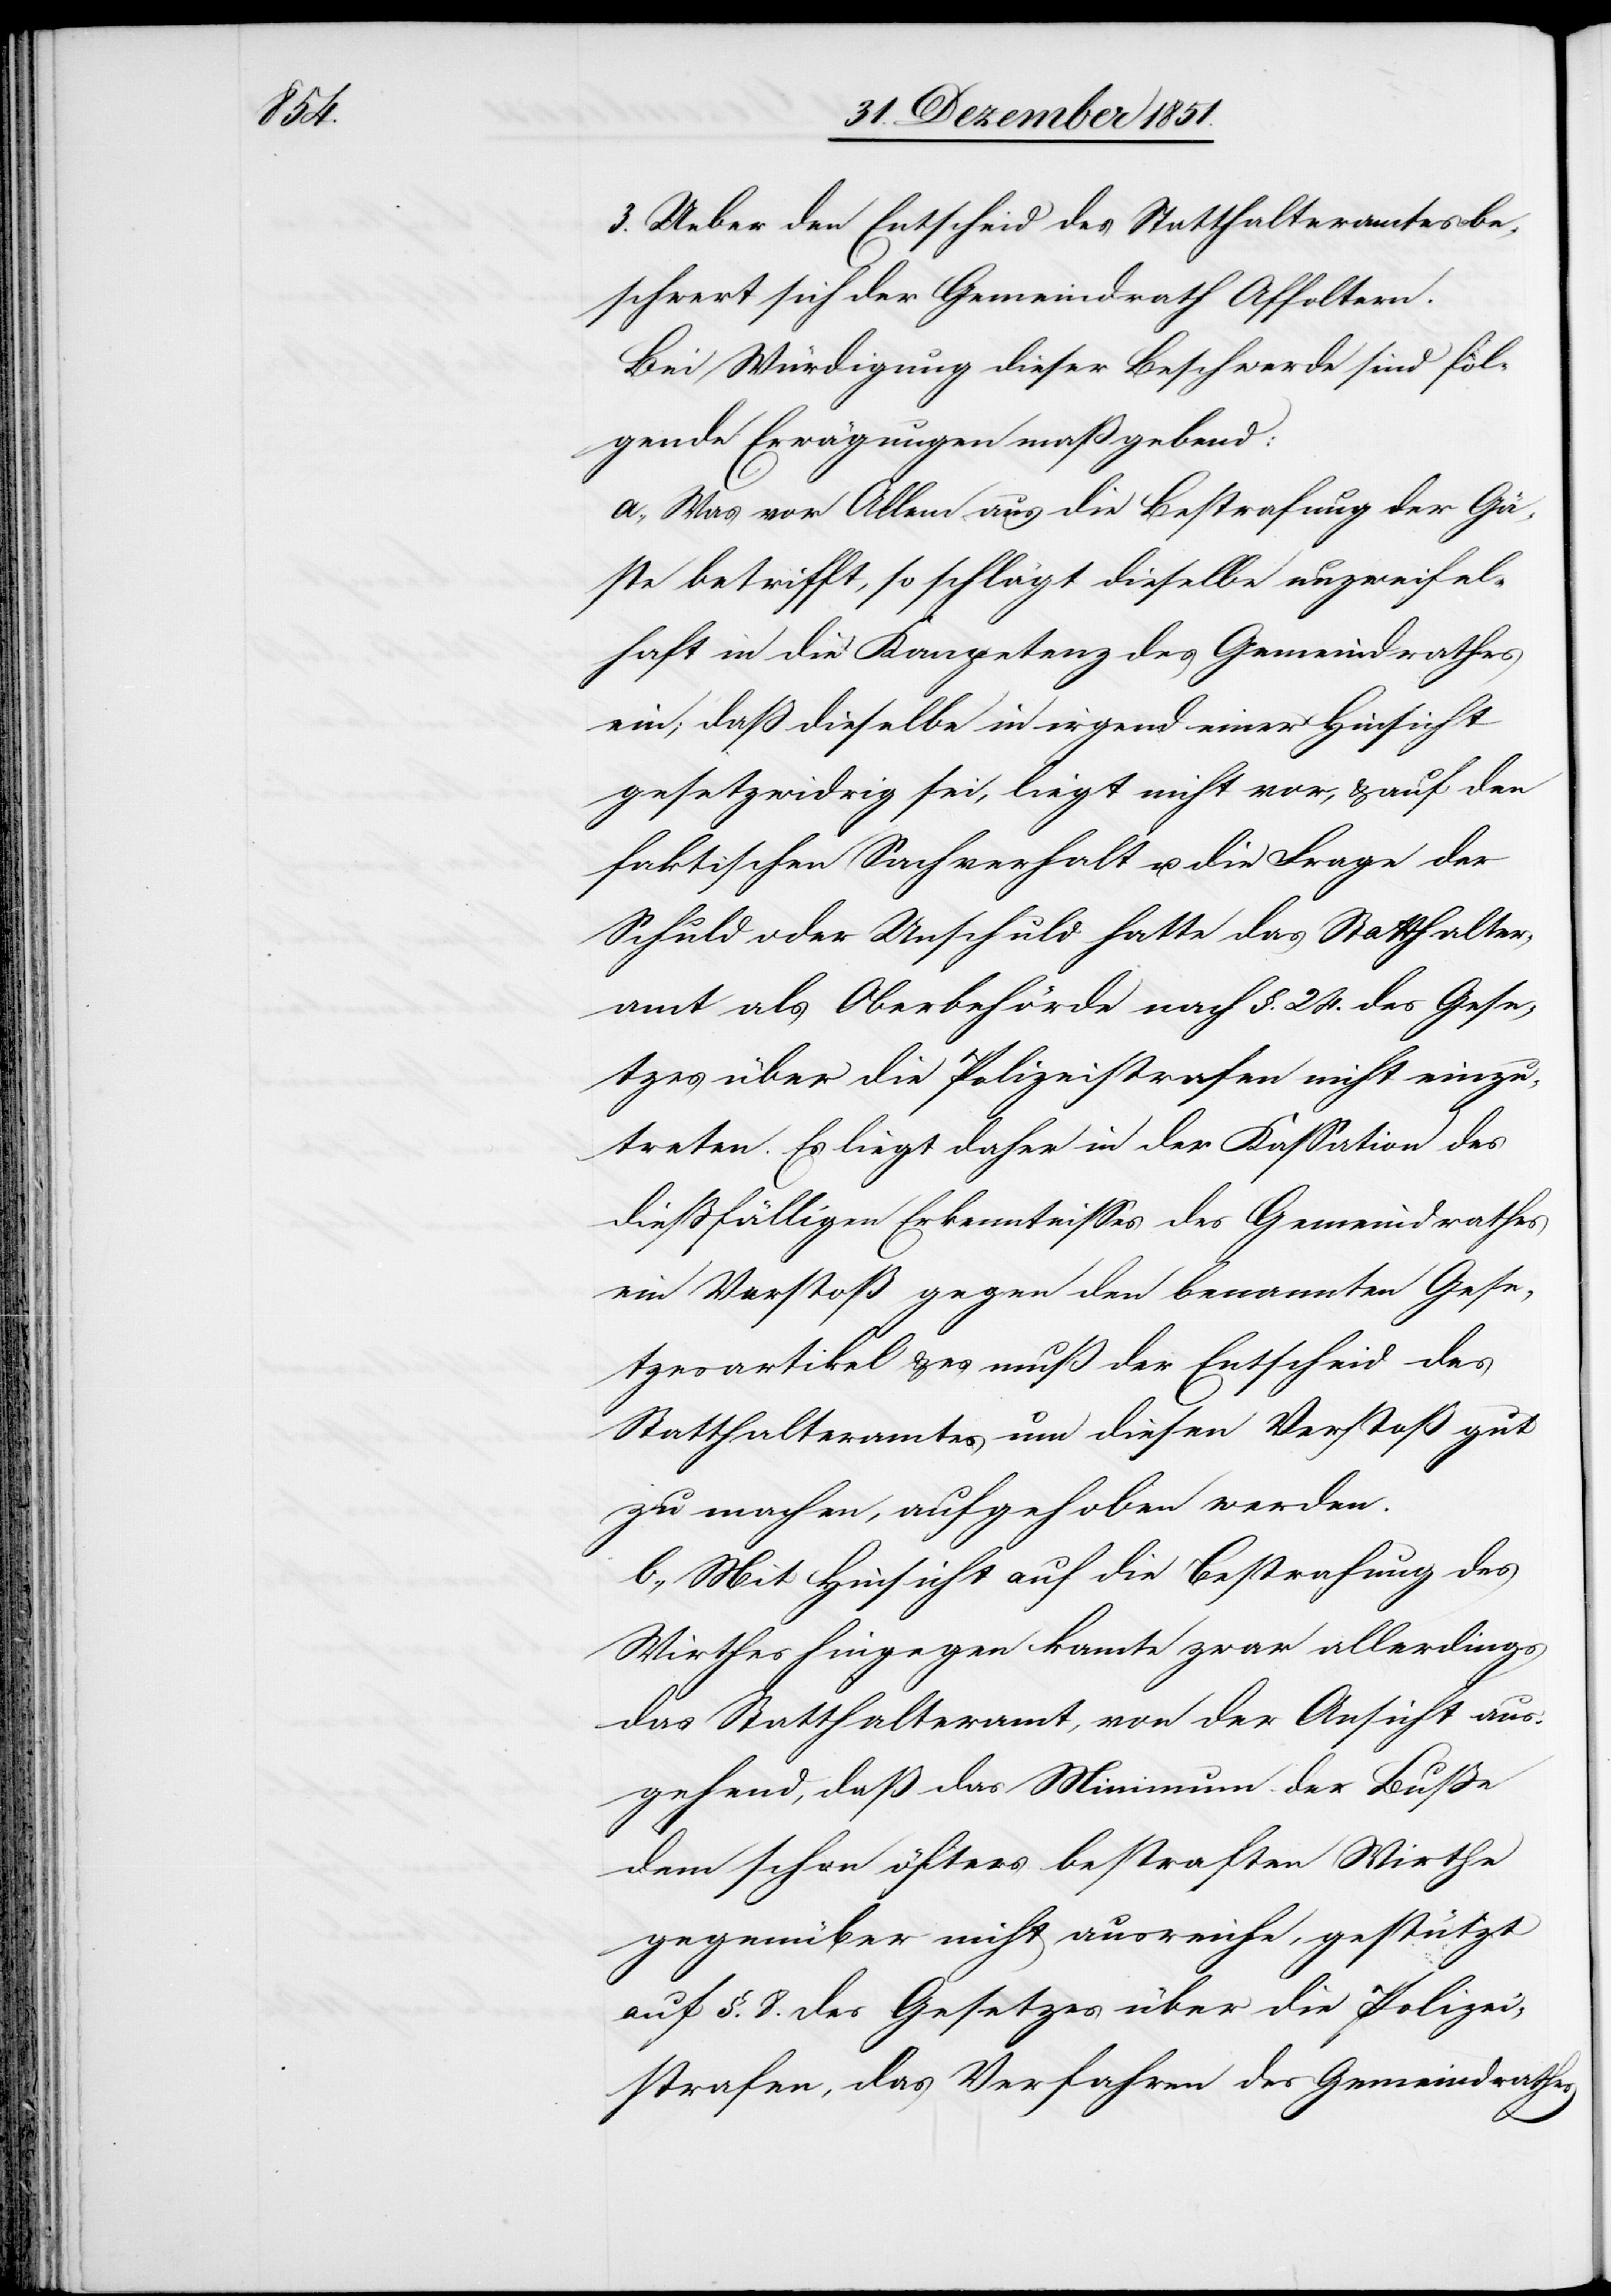
3. Ueber den Entscheid des Statthalteramtes be¬
schwert sich der Gemeindrath Affoltern.
Bei Würdigung dieser Beschwerde sind fol¬
gende Erwägungen maßgebend:
a., Was vor Allem aus die Bestrafung der Gä¬
ste betrifft, so schlägt dieselbe unzweifel¬
haft in die Kompetenz des Gemeindrathes
ein; daß dieselbe in irgend einer Hinsicht
gesetzwidrig sei, liegt nicht vor, & auf den
faktischen Sachverhalt u. die Frage der
Schuld oder Unschuld hatte das Statthalter¬
amt als Oberbehörde nach §. 24. des Gese¬
tzes über die Polizeistrafen nicht einzu¬
treten. Es liegt daher in der Kassation des
dießfälligen Erkenntnisses des Gemeindrathes
ein Verstoß gegen den benannten Gese¬
tzesartikel & es muß der Entscheid des
Statthalteramtes um diesen Verstoß gut
zu machen, aufgehoben werden.
b., Mit Hinsicht auf die Bestrafung des
Wirthes hingegen konnte zwar allerdings
das Statthalteramt, von der Ansicht aus¬
gehend, daß das Minimum der Buße
dem schon öfters bestraften Wirthe
gegenüber nicht ausreiche, gestützt
auf §. 8. des Gesetzes über die Polizei¬
strafen, das Verfahren des Gemeindrathes